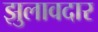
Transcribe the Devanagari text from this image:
झुलावदार